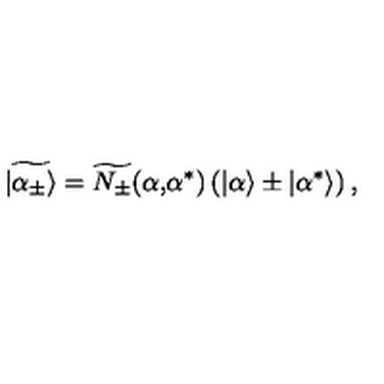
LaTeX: \widetilde { | \alpha _ { \pm } \rangle } = \widetilde { N _ { \pm } } ( \alpha \mathrm { , } \alpha ^ { * } ) \left( | \alpha \rangle \pm | \alpha ^ { * } \rangle \right) ,